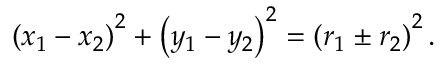
\left( x _ { 1 } - x _ { 2 } \right) ^ { 2 } + \left( y _ { 1 } - y _ { 2 } \right) ^ { 2 } = \left( r _ { 1 } \pm r _ { 2 } \right) ^ { 2 } .